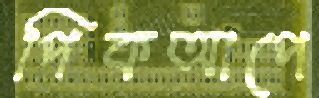
পিকআপে